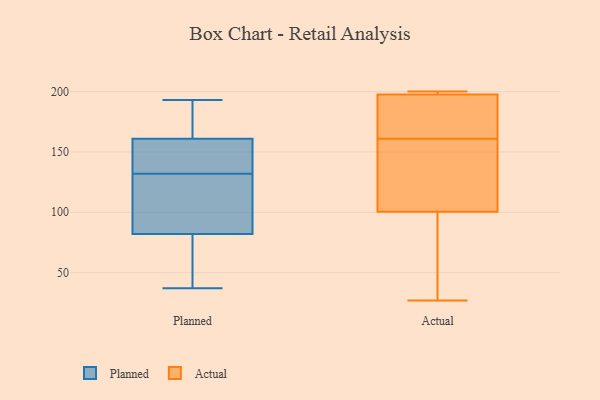
{"axis": {"x": "LTV (USD)", "y": "Value"}, "legend": ["Actual", "Planned"], "data": [{"x": "", "y": 161, "type": "Planned"}, {"x": "", "y": 37, "type": "Planned"}, {"x": "", "y": 96, "type": "Planned"}, {"x": "", "y": 126, "type": "Planned"}, {"x": "", "y": 82, "type": "Planned"}, {"x": "", "y": 193, "type": "Planned"}, {"x": "", "y": 168, "type": "Planned"}, {"x": "", "y": 155, "type": "Planned"}, {"x": "", "y": 47, "type": "Planned"}, {"x": "", "y": 138, "type": "Planned"}, {"x": "", "y": 118, "type": "Actual"}, {"x": "", "y": 143, "type": "Actual"}, {"x": "", "y": 27, "type": "Actual"}, {"x": "", "y": 179, "type": "Actual"}, {"x": "", "y": 179, "type": "Actual"}, {"x": "", "y": 128, "type": "Actual"}, {"x": "", "y": 198, "type": "Actual"}, {"x": "", "y": 200, "type": "Actual"}, {"x": "", "y": 83, "type": "Actual"}, {"x": "", "y": 49, "type": "Actual"}, {"x": "", "y": 199, "type": "Actual"}, {"x": "", "y": 197, "type": "Actual"}]}